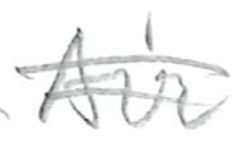
Text: Air
Cross-out: double-line
Writing tool: pencil